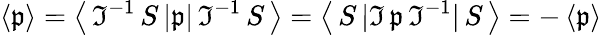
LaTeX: \left\langle{\mathfrak{p}}\right\rangle=\left\langle\, {\mathfrak{I}}^{-1}\, S\, |{\mathfrak{p}}|\, {\mathfrak{I}}^{-1}\, S\, \right\rangle=\left\langle\, S\, |{\mathfrak{I}}\, {\mathfrak{p}}\, {\mathfrak{I}}^{-1}|\, S\, \right\rangle=-\left\langle{\mathfrak{p}}\right\rangle